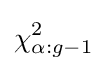
\chi _{\alpha :g-1}^{2}